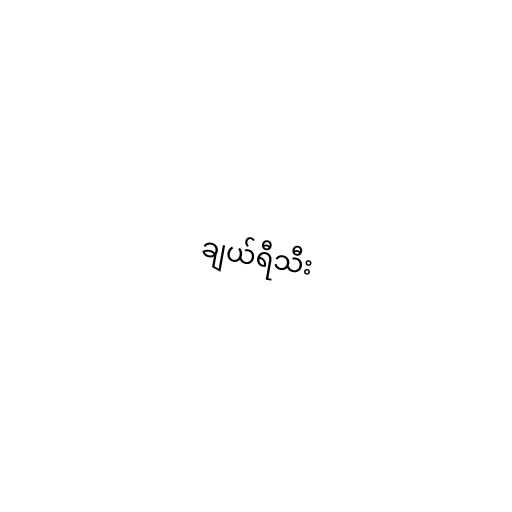
ချယ်ရီသီး